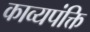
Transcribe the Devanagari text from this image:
काव्यपंक्ति